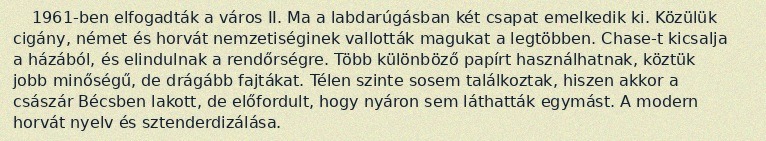
1961-ben elfogadták a város II. Ma a labdarúgásban két csapat emelkedik ki. Közülük cigány, német és horvát nemzetiséginek vallották magukat a legtöbben. Chase-t kicsalja a házából, és elindulnak a rendőrségre. Több különböző papírt használhatnak, köztük jobb minőségű, de drágább fajtákat. Télen szinte sosem találkoztak, hiszen akkor a császár Bécsben lakott, de előfordult, hogy nyáron sem láthatták egymást. A modern horvát nyelv és sztenderdizálása.